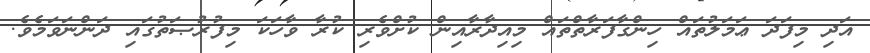
އަދި މިފަދަ ޢަމަލުތައް ހިންގާފަރާތްތައް މިއިދާރާއިން ކުށްވެރި ކުރާ ވާހަކަ މިފުރުޞަތުގައި ދަންނަވަމެވެ.